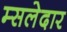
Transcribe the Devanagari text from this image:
म्सलेदार